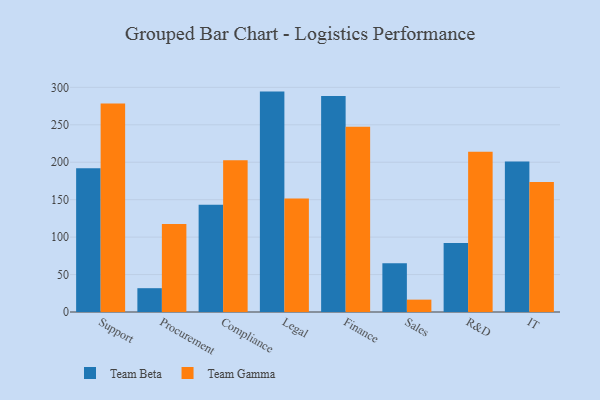
{"axis": {"x": "Department", "y": "Page Views"}, "legend": ["Team Beta", "Team Gamma"], "data": [{"x": "Support", "y": 191.9, "type": "Team Beta"}, {"x": "Support", "y": 278.4, "type": "Team Gamma"}, {"x": "Procurement", "y": 31.8, "type": "Team Beta"}, {"x": "Procurement", "y": 117.4, "type": "Team Gamma"}, {"x": "Compliance", "y": 143.3, "type": "Team Beta"}, {"x": "Compliance", "y": 202.5, "type": "Team Gamma"}, {"x": "Legal", "y": 294.3, "type": "Team Beta"}, {"x": "Legal", "y": 151.5, "type": "Team Gamma"}, {"x": "Finance", "y": 288.3, "type": "Team Beta"}, {"x": "Finance", "y": 247.5, "type": "Team Gamma"}, {"x": "Sales", "y": 65.0, "type": "Team Beta"}, {"x": "Sales", "y": 16.5, "type": "Team Gamma"}, {"x": "R&D", "y": 92.1, "type": "Team Beta"}, {"x": "R&D", "y": 214.0, "type": "Team Gamma"}, {"x": "IT", "y": 200.8, "type": "Team Beta"}, {"x": "IT", "y": 173.7, "type": "Team Gamma"}]}